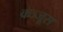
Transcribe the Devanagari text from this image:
कञ्जूस